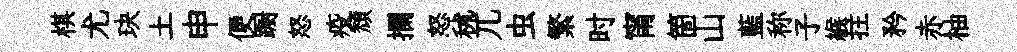
棋尤玦土申便蹰怒疫頹攔怒秫兀虫繁时甯箇山藍称子緱拄矜赤柚